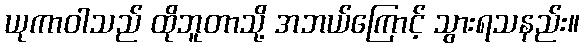
ယုကာဝါသည် ထိုဘူတာသို့ အဘယ်ကြောင့် သွားရသနည်း။